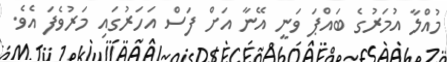
މުއްލާ އުމަރުގެ ބައްޕަ ވަނީ އޭނާ އަށް ފަސް އަހަރުގައި މަރުވެފަ އެވެ.